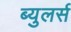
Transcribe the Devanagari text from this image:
ब्युलर्स